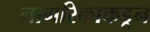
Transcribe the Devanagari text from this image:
नागरिकाकडून